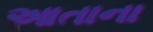
આતાના